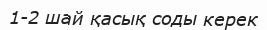
1-2 шай қасық соды керек